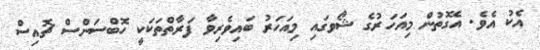
އެކު އެވެ. އެގޮތުން މިއަހަރުގެ ޝޯވގައި މިއަހަރު ބައިވެރިވާ ފަރާތްތަކަކީ ހޮބްސަންސް ޗޮއިސް